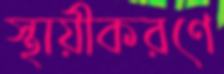
স্থায়ীকরণে